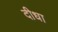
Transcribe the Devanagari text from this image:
दीधा